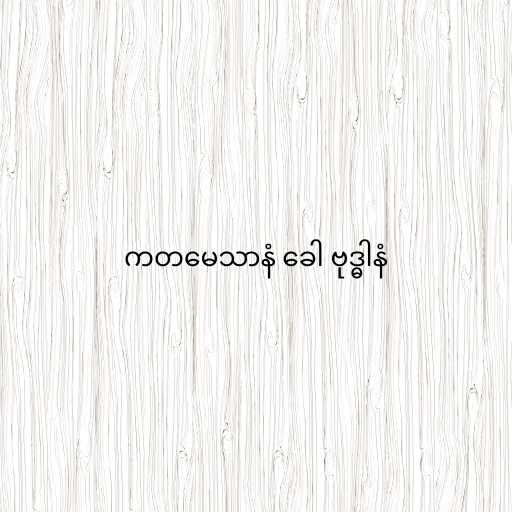
ကတမေသာနံ ခေါ ဗုဒ္ဓါနံ